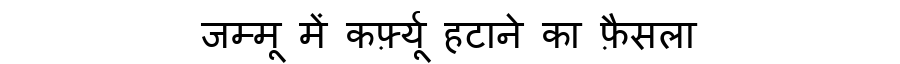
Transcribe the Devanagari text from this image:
जम्मू में कर्फ़्यू हटाने का फ़ैसला